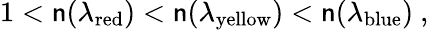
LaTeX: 1<\mathsf{n}(\lambda_{\mathrm{{{red}}}})<\mathsf{n}(\lambda_{\mathrm{{{yellow}}}})<\mathsf{n}(\lambda_{\mathrm{{{blue}}}})\ ,